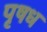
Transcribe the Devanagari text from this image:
पृषध